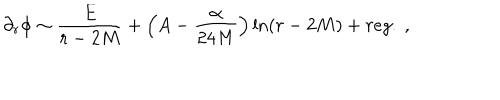
\partial _ { r } \phi \sim \frac { E } { r - 2 M } + \left( A - \frac { \alpha } { 2 4 M } \right) \ln ( r - 2 M ) + r e g . \ ,